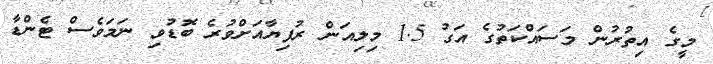
މީގެ އިތުރުން މަސައްކަތުގެ އަގު 1.5 މިލިއަން ރުފިޔާއަށްވުރެ ބޮޑުވި ނަމަވެސް ޓެންޑާ